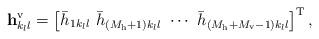
LaTeX: \begin{align*}\mathbf{h}_{k_ll}^\mathrm{v} = \left[\bar{h}_{1k_ll} \,\, \bar{h}_{\left(M_\mathrm{h}+1\right)k_ll} \,\, \cdots \,\, \bar{h}_{\left(M_\mathrm{h}+M_\mathrm{v}-1\right)k_ll} \right]^\mathrm{T},\end{align*}